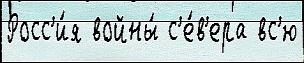
Росс'и́я войны́ с'е́в'ера вс'ю